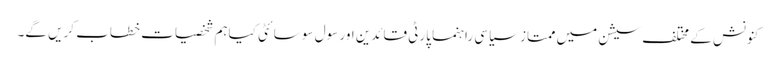
کنونش کے مختلف سیشن میں ممتاز سیاسی راہنما پارٹی قائدین اور سول سو سائٹی کیاہم شخصیات خطاب کریں گے۔